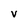
Character: V